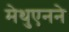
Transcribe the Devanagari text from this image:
मेथुएनने